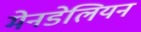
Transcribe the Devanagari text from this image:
मेनडेलियन